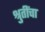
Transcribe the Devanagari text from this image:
श्रुतींचा